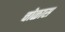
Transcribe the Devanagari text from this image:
चोळास